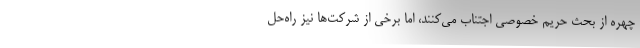
چهره از بحث حریم خصوصی اجتناب می‌کنند، اما برخی از شرکت‌ها نیز راه‌حل